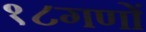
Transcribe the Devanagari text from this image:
१८गणों